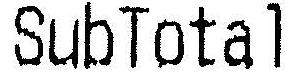
SUBTOTAL